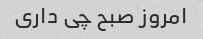
امروز صبح چی داری